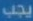
يجب